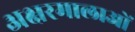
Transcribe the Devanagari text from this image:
अक्षरमालाओं